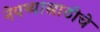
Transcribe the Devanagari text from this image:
नेपथ्यासाठीचे